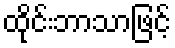
ထိုင်းဘာသာဖြင့်